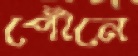
পৌঁনে